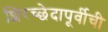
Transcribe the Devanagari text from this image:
शिरच्छेदापूर्वीची